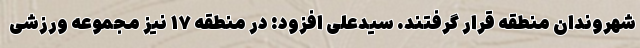
شهروندان منطقه قرار گرفتند. سیدعلی افزود: در منطقه ۱۷ نیز مجموعه ورزشی